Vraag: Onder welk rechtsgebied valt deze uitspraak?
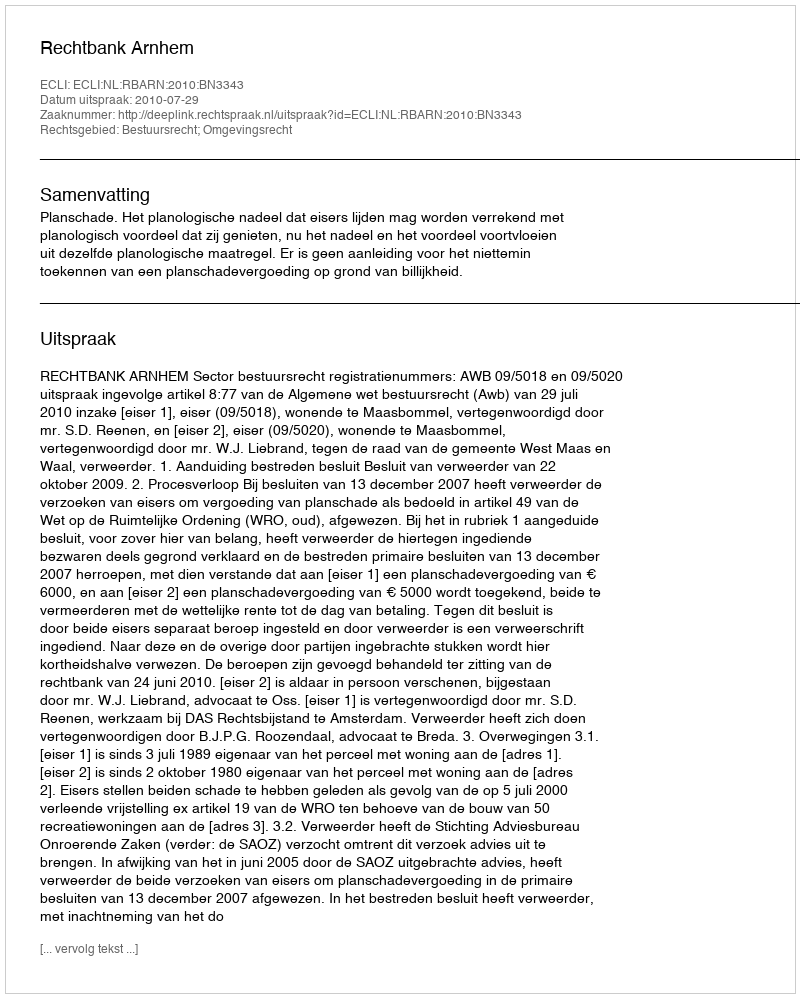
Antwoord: Bestuursrecht; Omgevingsrecht